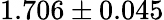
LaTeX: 1.706\pm 0.045